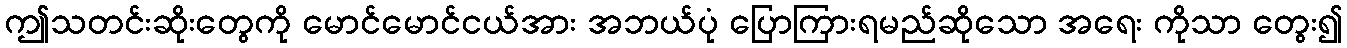
ဤသတင်းဆိုးတွေကို မောင်မောင်ငယ်အား အဘယ်ပုံ ပြောကြားရမည်ဆိုသော အရေး ကိုသာ တွေး၍